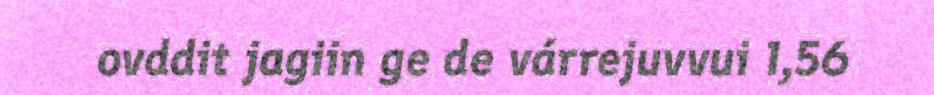
ovddit jagiin ge de várrejuvvui 1,56